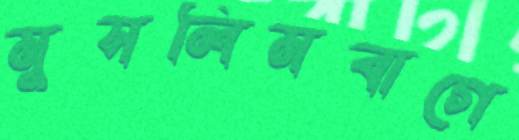
মুসলিমবাগে